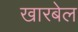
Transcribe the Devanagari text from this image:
खारबेल